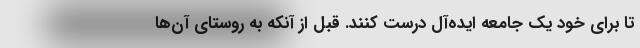
تا برای خود یک جامعه ایده‌آل درست کنند. قبل از آنکه به روستای آن‌ها